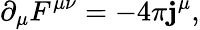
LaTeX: \partial_{\mu}F^{\mu\nu}=-4\pi\mathbf{j}^{\mu},